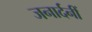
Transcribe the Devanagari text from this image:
जनार्दनीं